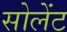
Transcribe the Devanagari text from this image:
सोलेंट